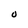
Character: O